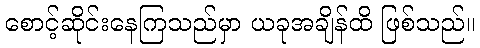
စောင့်ဆိုင်းနေကြသည်မှာ ယခုအချိန်ထိ ဖြစ်သည်။